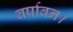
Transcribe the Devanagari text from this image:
वर्षावन।